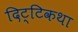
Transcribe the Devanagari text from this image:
दिट्टिकथा